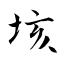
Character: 垓